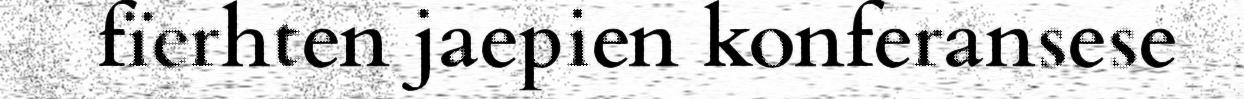
fïerhten jaepien konferansese